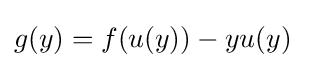
g(y)=f(u(y))-yu(y)\